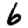
Digit: 6